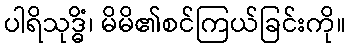
ပါရိသုဒ္ဓိံ၊ မိမိ၏စင်ကြယ်ခြင်းကို။